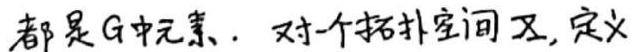
都是$G$中元素. 对一个拓扑空间$X$, 定义